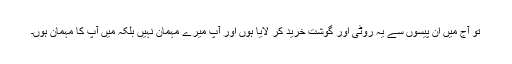
تو آج میں ان پیسوں سے یہ روٹی اور گوشت خرید کر لایا ہوں اور آپ میرے مہمان نہیں بلکہ میں آپ کا مہمان ہوں۔